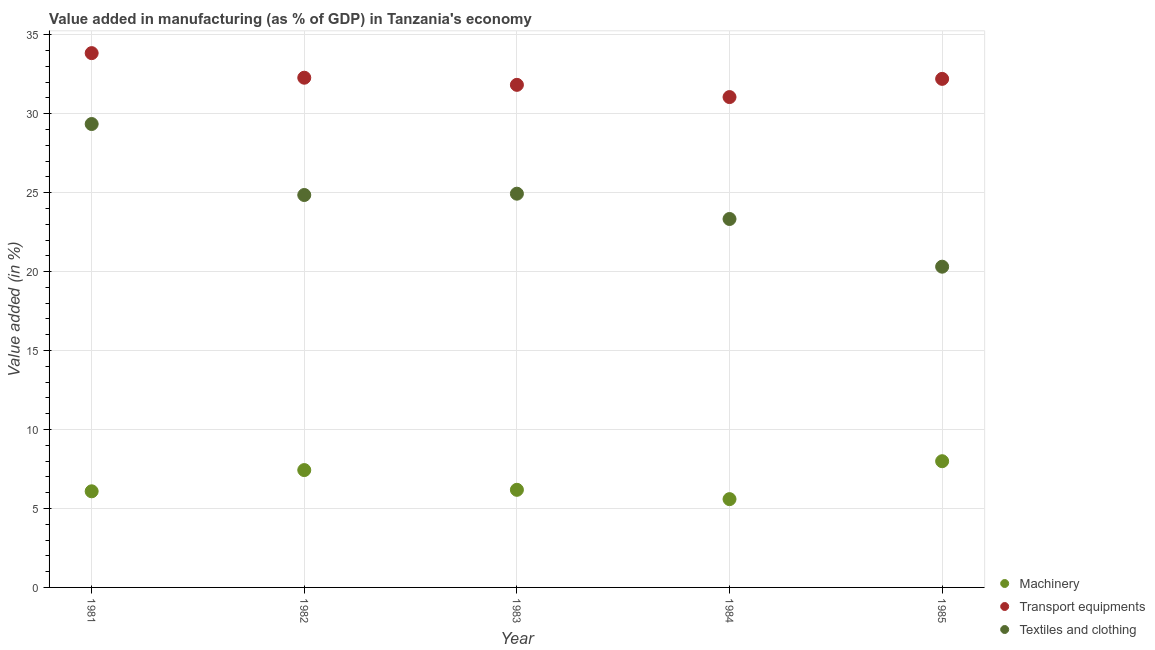
| Year | Machinery | Transport equipments | Textiles and clothing |
 | --- | --- | --- | --- |
 | 1981 | 6.09 | 33.8 | 29.3 |
 | 1982 | 7.43 | 32.3 | 24.9 |
 | 1983 | 6.18 | 31.8 | 24.9 |
 | 1984 | 5.59 | 31.1 | 23.3 |
 | 1985 | 7.99 | 32.2 | 20.3 |